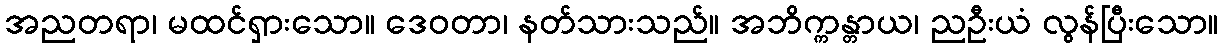
အညတရာ၊ မထင်ရှားသော။ ဒေဝတာ၊ နတ်သားသည်။ အဘိက္ကန္တာယ၊ ညဦးယံ လွန်ပြီးသော။